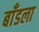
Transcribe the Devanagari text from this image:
बाँडला